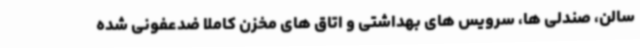
سالن، صندلی ها، سرویس های بهداشتی و اتاق های مخزن کاملا ضدعفونی شده